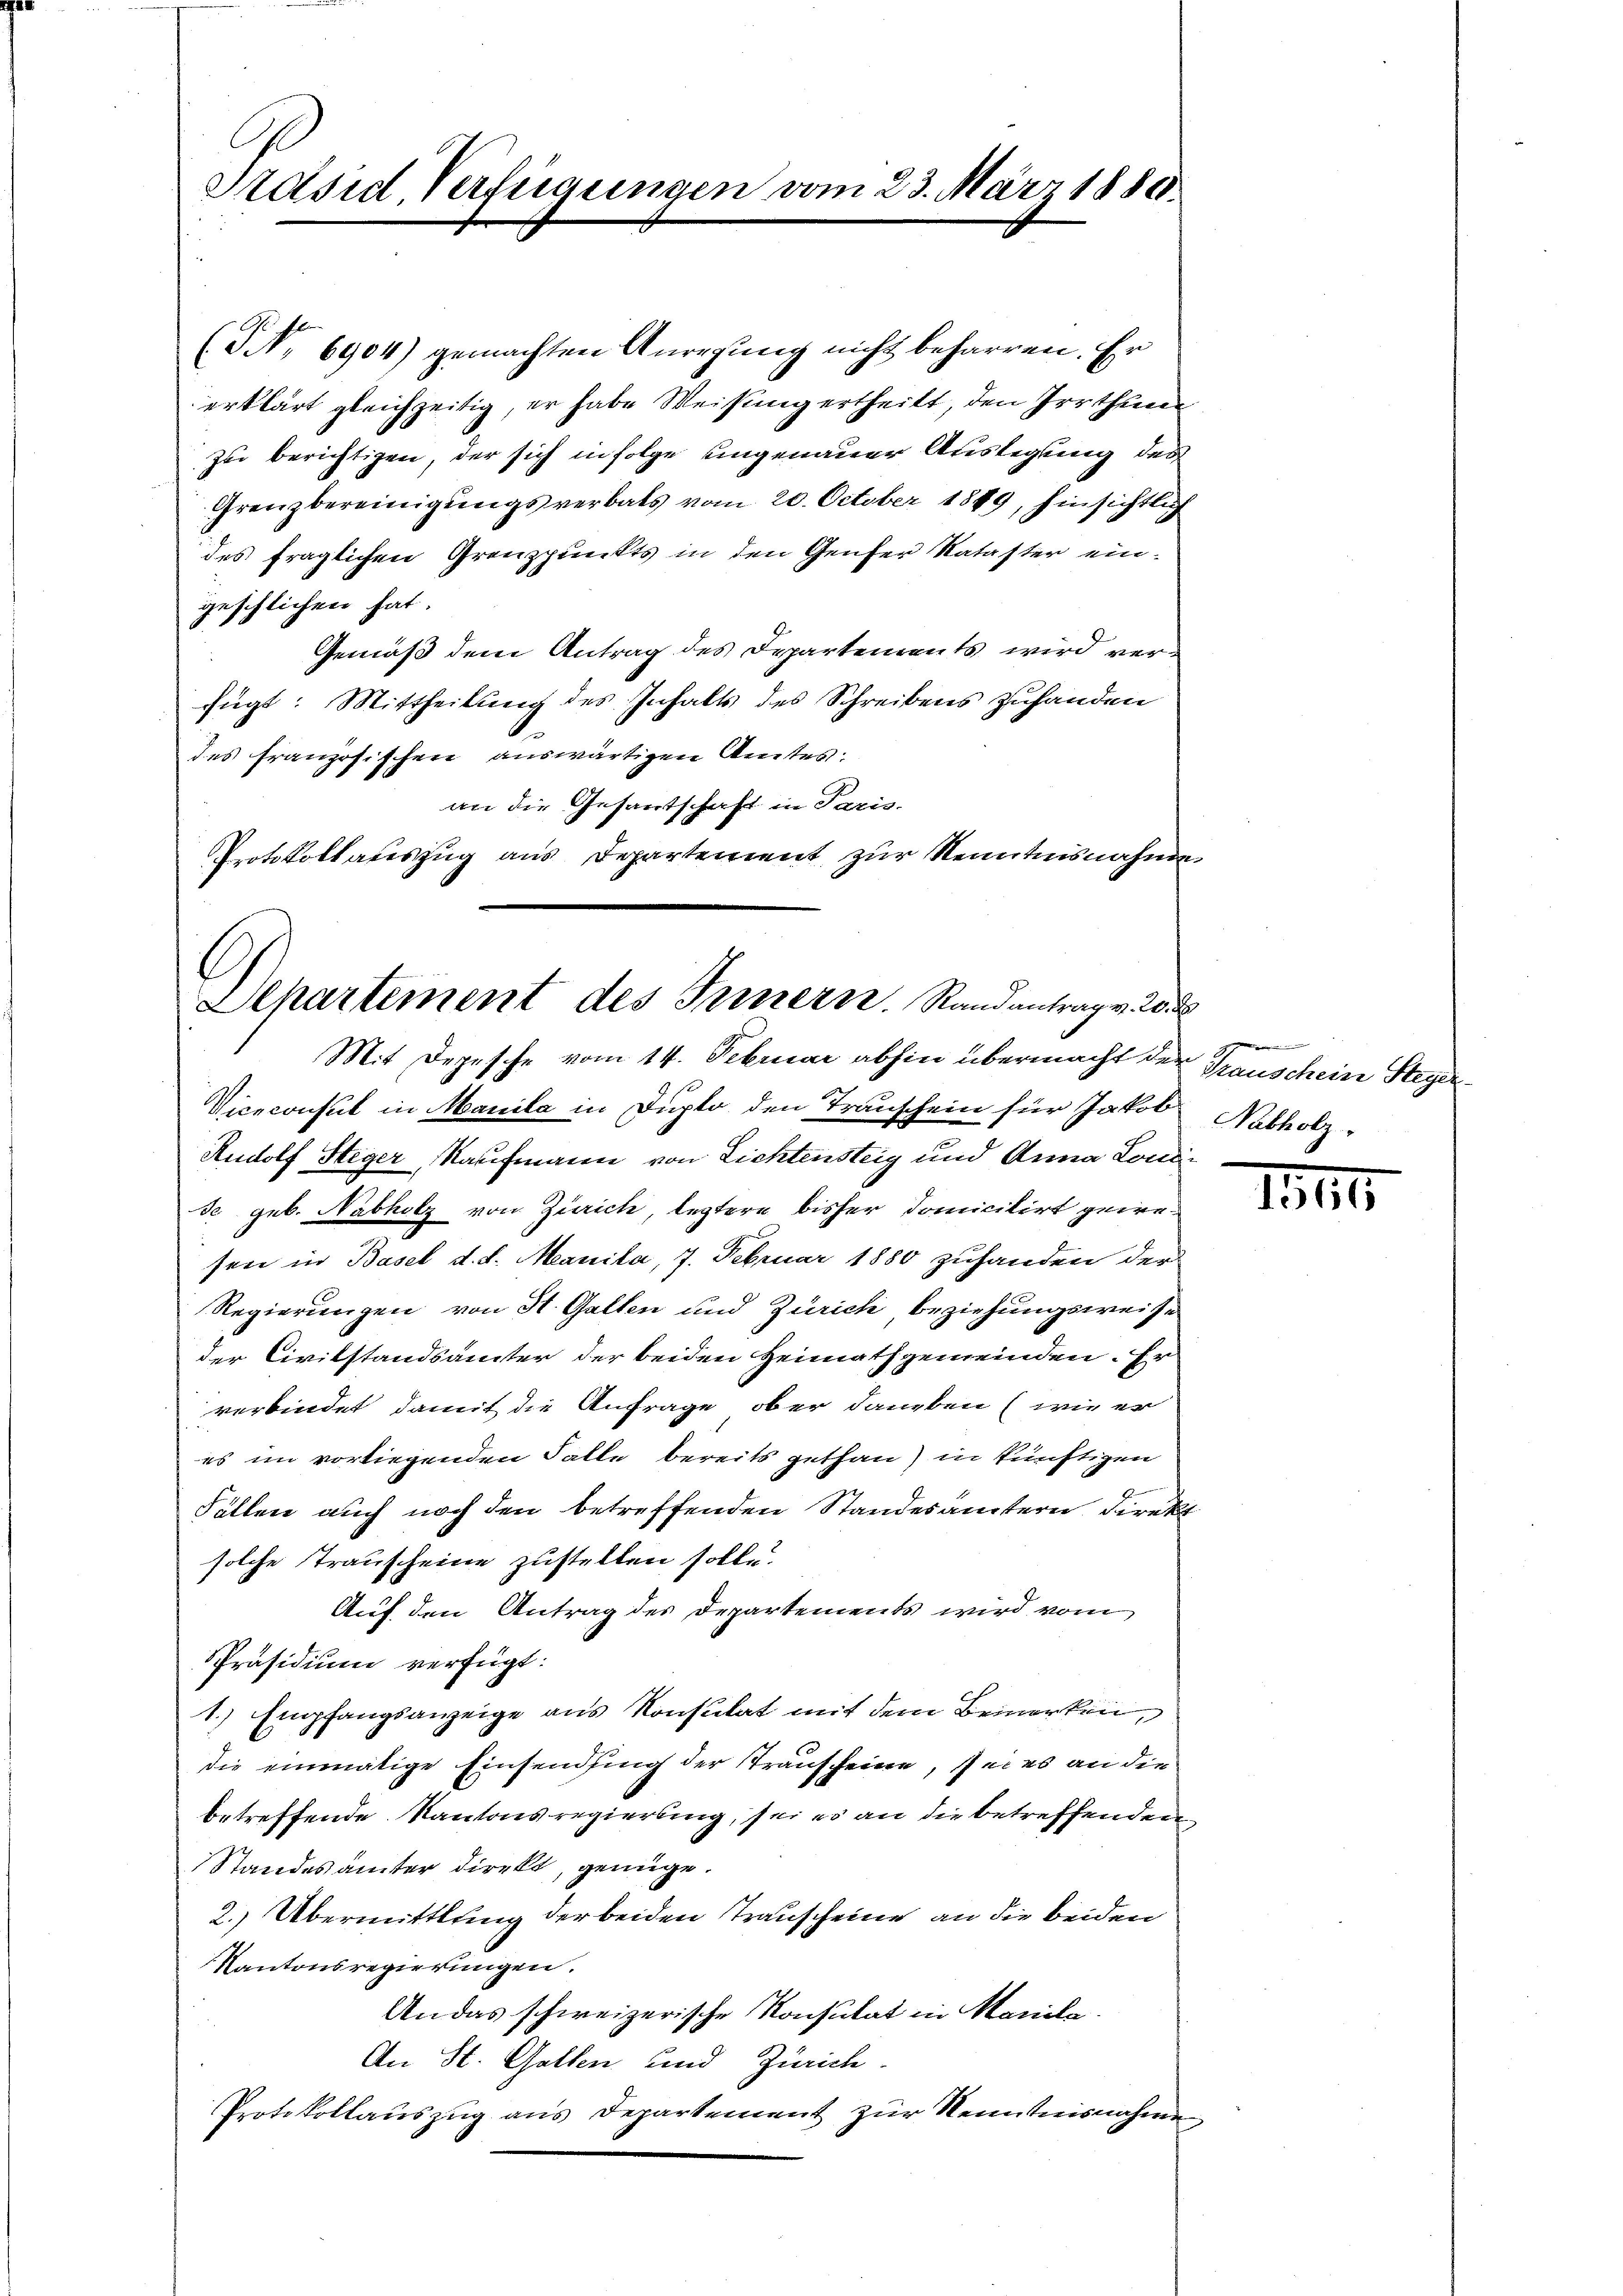
Präsid Verfügungen vom 23. März 1880.

(G No 6904) gemachten Anregung nicht beharren. Er
erklärt gleichzeitig, er habe Weisung ertheilt, den Irrthum
zu berichtigen, der sich infolge ungenauer Auslegung des
Grenzbereinigungsverbats vom 20. October 1849, hinsichtlich
des fraglichen Grenzpunkts in den Genfer Nataster eingeschlichen hat.
Gemäß dem Antrag des Departements wird verfügt: Mittheilung des Inhalts des Schreibens zuhanden
des französischen auswärtigen Amtes.
an die Gesantschaft in Paris.
Protokollauszug aus Departement zur Kenntnisnahme.

Departement des Fernern. Randantrag v. 20.
Mit Depesche vom 14. Februar abhin übermacht der Grauschein Steger¬

Viceconsul in Manila in Duplo den Transchein für Jakob Nabholz-
Rudolf Steger Maufmann von Lichtensteig und Anna Londide geb. Nabholz von Zürich, leztere bisher Domicilirt gewesere in Basel d. d. Manila, 7. Februar 1880 zuhanden der
Regierungen von St. Gallen und Zürich beziehungsweise
der Civilstandsämter der beiden Heimathgemeinden. Er
verbindet damit die Anfrage, ober daneben (wie er
es im vorliegenden Falle bereits gethan) in künftigen
Fällen auch noch den betreffenden Standesamtern direkt
solche Trauscheine zustellen solle.
Auf den Antrag des Departements wird vom
Präsidium verfügt:
1.) Empfangsanzeige aus Konsulat mit dem Bemerken,
die einmalige Einsendung der Transcheine, sei es an die
betreffende Kantonsregierung, sei es an die betreffenden
Standesamter direkt, genüge.
2.) Übermittlung der beiden Trauscheine an die beiden
Kantonsregierungen.
An das schweizerische Konsulat in Marile.
An St. Gallen und Zürich.
Protokollauszug aus Departement zur Kenntnisnahme

II